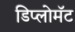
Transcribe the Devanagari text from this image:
डिप्लोमॅट